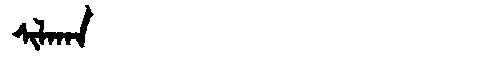
Manchu: ᠰᡳᠯᡴᠠᠨ
Romanization: SILKAN